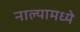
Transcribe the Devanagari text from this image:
नाल्यामध्ये